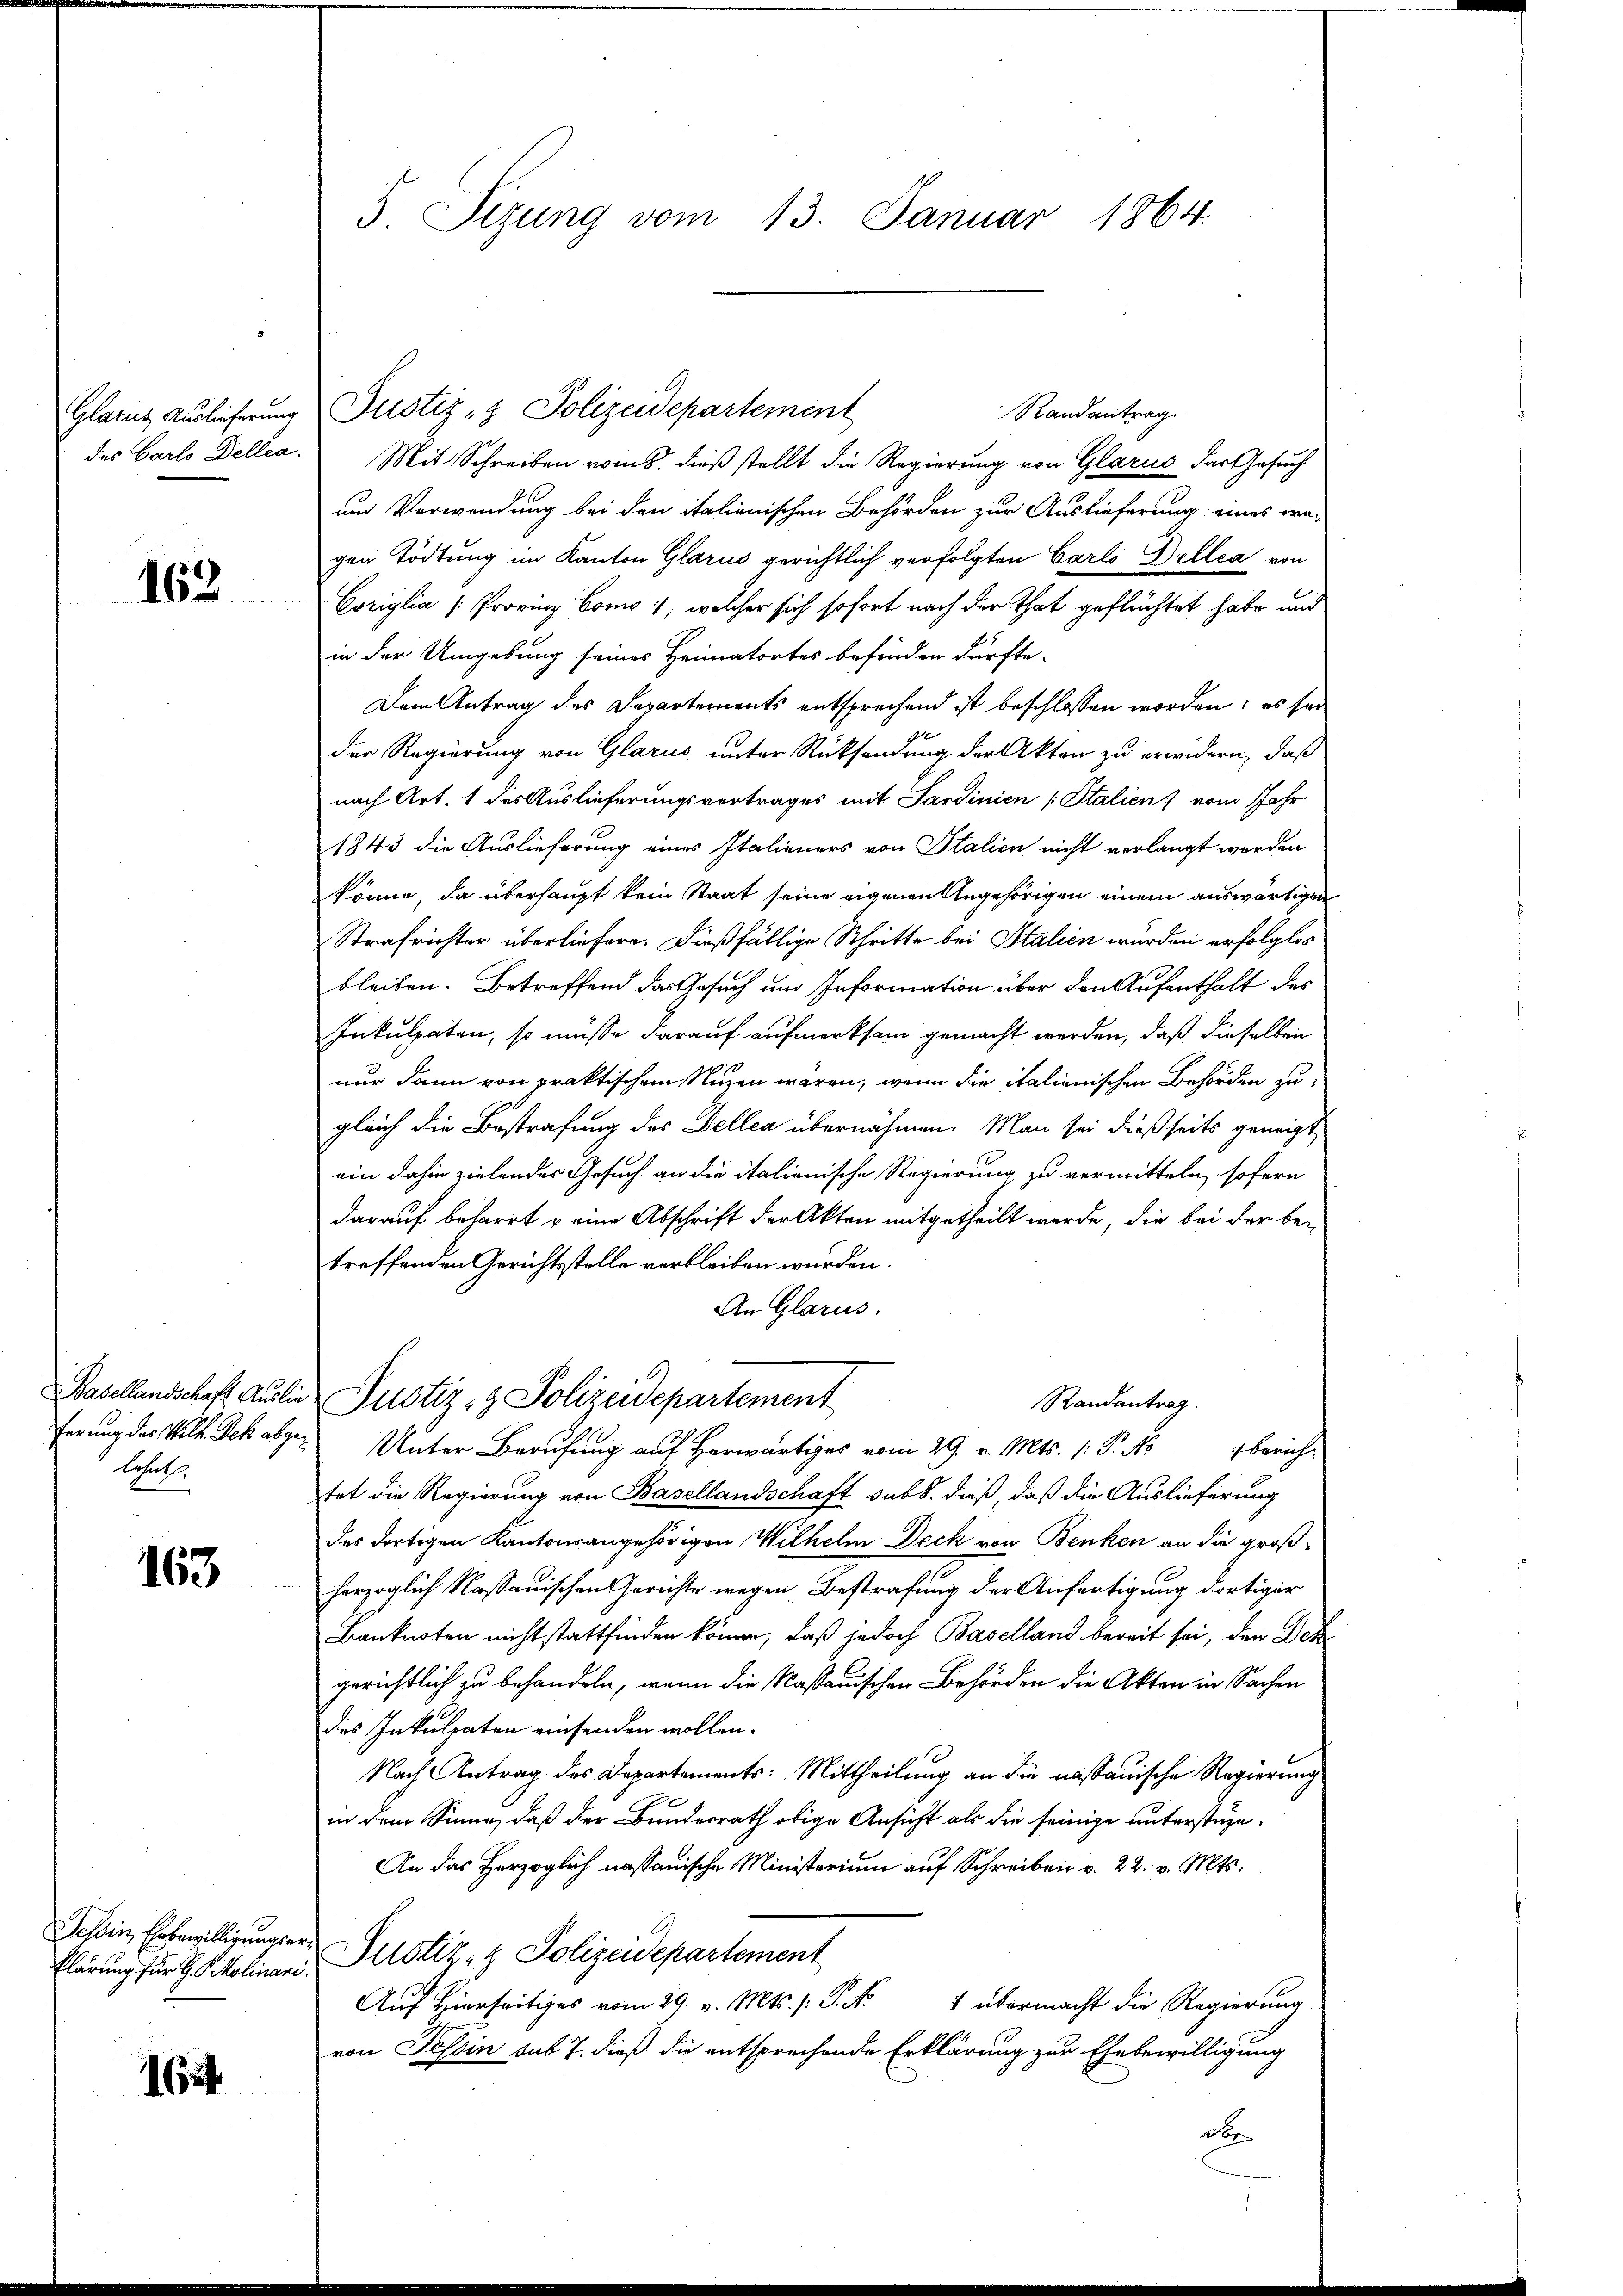
Glarus Auslieferung

162

Basellandschaft Auslie
ferung des Volk. Ich abge¬
Lohol

163

Tessin, Ehrbewilligungser
klärung für G. P. Molinari

16

5 Sizung vom 13. Januar 1864.

Randantrag
des Carlo Dellen. Mit Schreiben vom 8. dieß stellt die Regierung von Glarus das Gesuch
und Verwendung bei den italienischen Behörden zur Auslieferung eines gegen Tödtung im Kanton Glarus gerichtlich verfolgten Carls Dellia von
Coriglia (Provinz Como 1, welcher sich sofort nach der That geflüchtet habe und
in der Umgebung seines Heimatortes befinden dürfte.
Dem Antrag des Departements entsprechend ist beschlossen worden; es seider Regierung von Glarus unter Rücksendung der Akten zu erwidern, daß
nach Art. 1 des Auslieferungsvortrages mit Sardinien (: Stalien) vom Jahr
1843 die Auslieferung eines Italieners von Italien nicht verlangt werden
könne, da überhaupt kein Staat seine eigenen Angehörigen einem auswärtigen
Strafrichter überliefere. Dießfällige Schritte bei Italien würden erfolglos
bleiben. Betreffend das Gesuch und Information über den Aufenthalt des
Inkulpaten, so müsse darauf aufmerksam gemacht werden, daß dieselben
nur dann von praktischen Nuzen wären, wenn die italienischen Behörden zu
gleich die Bestrafung des Dellen übernähmen. Man sei dießseits geneigt,
ein dahin zielendes Gesuch an die italienische Regierung zu vermitteln, sofern
darauf beharrt u eine Abschrift der Akten mitgetheilt werde, die bei der be-
treffenden Gerichtsstelle verbleiben wurden.
An Glarus.
Justiz- & Polizeidepartement
Randantrag.
Unter Bau erwärts vom 29. v. Mts. 1. P. Nr. berich-
tet die Regierung von Basellandschaft sub 8. dieß, daß die Auslieferung
des dortigen Kantonsangehörigen Wilhelm Deck von Benken an die großherzoglich Kassauischen Gerichte wegen Bestrafung der Anfertigung dortiger
Banknoten nicht stattfinden könne, daß jedoch Baselland bereit sei, den Dek
gerichtlich zu behandeln, wenn die Kassauischen Behörden die Akten in Sachen
des Inkulpaten einsenden wollen.
Nach Antrag des Departements: Mittheilung an die nassauische Regierung
in dem Sinne, daß der Bundesrath obige Ansicht als die seinige unterstehe.
An das Herzoglich nassauische Ministerium auf Schreiben v. 22. v. Mts.
 Justiz- & Polizeidepartement
Auf Hierseitiges vom 29. v. Mts. /: P. Nr. 1 übermacht die Regierung
von Tessin sub 7. dieß die entsprechende Erklärung zur Ehebewilligung
d

Justiz- & Polizeidepartement